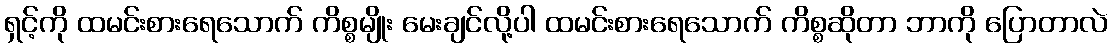
ရှင့်ကို ထမင်းစားရေသောက် ကိစ္စမျိုး မေးချင်လို့ပါ ထမင်းစားရေသောက် ကိစ္စဆိုတာ ဘာကို ပြောတာလဲ